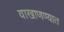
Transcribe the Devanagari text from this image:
वाखाणण्यात